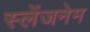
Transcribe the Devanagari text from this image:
स्लेंजनेम